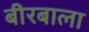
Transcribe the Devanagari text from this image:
बीरबाला